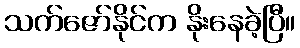
သက်ဇော်နိုင်က နိုးနေခဲ့ပြီ။